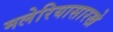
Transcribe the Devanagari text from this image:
मलेरियासारखे